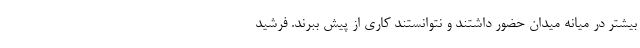
بیشتر در میانه میدان حضور داشتند و نتوانستند کاری از پیش ببرند. فرشید